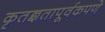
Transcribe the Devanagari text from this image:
कृतज्ञतापूर्वकपणे